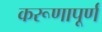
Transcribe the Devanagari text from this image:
करूणापूर्ण